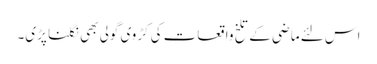
اس لئے ماضی کے تلخ واقعات کی کڑوی گولی بھی نگلنا پڑی۔